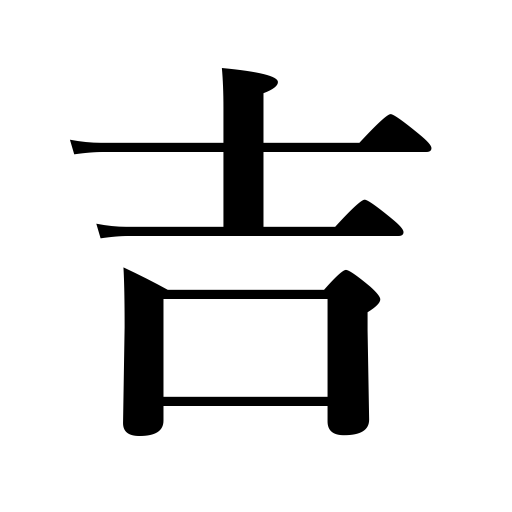
Meanings: congratulations,good luck,joy